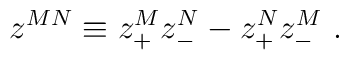
z^{MN}\equiv  z_{+}^{M}z_{-}^{N} - z_{+}^{N} z_{-}^{M}\ .